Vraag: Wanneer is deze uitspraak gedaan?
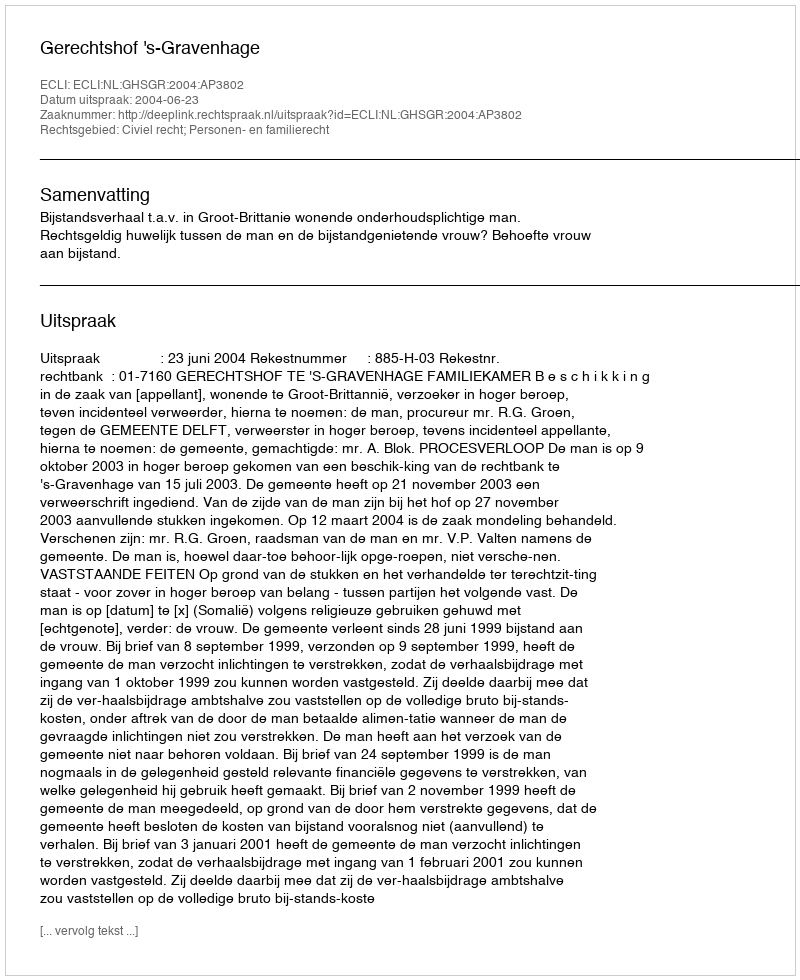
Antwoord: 2004-06-23